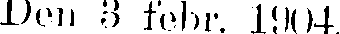
Den 3 febr. 1904.